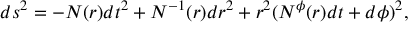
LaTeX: d s ^ { 2 } = - N ( r ) d t ^ { 2 } + N ^ { - 1 } ( r ) d r ^ { 2 } + r ^ { 2 } ( N ^ { \phi } ( r ) d t + d \phi ) ^ { 2 } ,